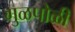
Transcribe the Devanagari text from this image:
गुळपोळी